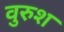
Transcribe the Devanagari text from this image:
वुरुश